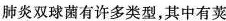
肺炎双球菌有许多类型，其中有荚